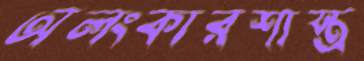
অলংকারশাস্ত্র